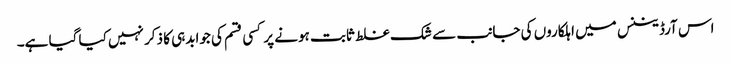
اس آرڈیننس میں اہلکاروں کی جانب سے شک غلط ثابت ہونے پر کسی قسم کی جوابدہی کا ذکر نہیں کیا گیا ہے۔